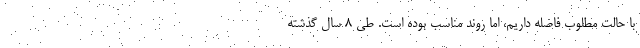
با حالت مطلوب فاصله داریم، اما روند مناسب بوده است. طی ۸ سال گذشته